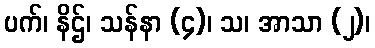
ပက်၊ နိဌ်၊ သန်နာ (၄)၊ သ၊ အာသာ (၂)၊